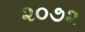
૨૦૭૨